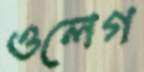
ওলেগ